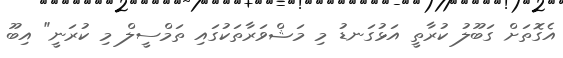
އެގޮތަށް ގަބޫލު ކުރާތީ އަޅުގަނޑު މި މަޝްވަރާތަކުގައި ތަމްސީލް މި ކުރަނީ" އިބޫ